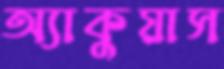
অ্যাকুয়াস